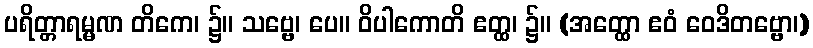
ပရိတ္တာရမ္မဏ တိကေ၊ ၌။ သဗ္ဗေ၊ ပေ။ ဝိပါကောတိ ဧတ္ထ၊ ၌။ (အတ္ထော ဧဝံ ဝေဒိတဗ္ဗော၊)